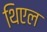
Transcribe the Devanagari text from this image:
थिएल